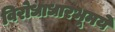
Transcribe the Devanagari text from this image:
विरोधाधारभूमये